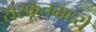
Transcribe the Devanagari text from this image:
संस्क्रूतमध्ये